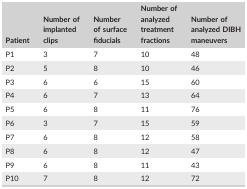
| Patient | Number of implanted clips | Number of surface fiducials | Number of analyzed treatment fractions | Number of analyzed DIBH maneuvers |
 | --- | --- | --- | --- | --- |
 | P1 | 3 | 7 | 10 | 48 |
 | P2 | 5 | 8 | 10 | 46 |
 | P3 | 6 | 6 | 15 | 60 |
 | P4 | 6 | 7 | 13 | 64 |
 | P5 | 6 | 8 | 11 | 76 |
 | P6 | 3 | 7 | 15 | 59 |
 | P7 | 6 | 8 | 12 | 58 |
 | P8 | 6 | 8 | 12 | 47 |
 | P9 | 6 | 8 | 11 | 43 |
 | P10 | 7 | 8 | 12 | 72 |